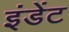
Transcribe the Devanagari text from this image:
इंडेंट